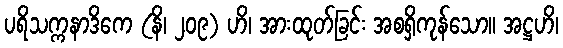
ပရိသက္ကနာဒိကေ (နိ၊ ၂၀၉) ဟိ၊ အားထုတ်ခြင်း အစရှိကုန်သော။ အဋ္ဌဟိ၊